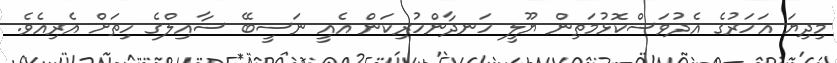
މިދިޔަ އަހަރުގެ އެދުވަސްކޮޅުމަތިން ޔޫލީ ހަނދާންހުރިކަން އެއީ ނަސީބޭ ސާއިލްގެ ހިތަށް އެރިއެވެ.